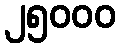
၂၅၀၀၀